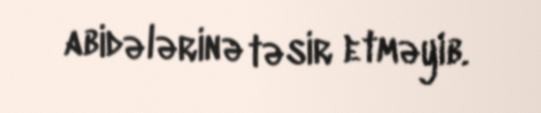
abidələrinə təsir etməyib.